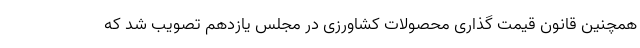
همچنین قانون قیمت گذاری محصولات کشاورزی در مجلس یازدهم تصویب شد که